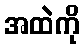
အထဲကို